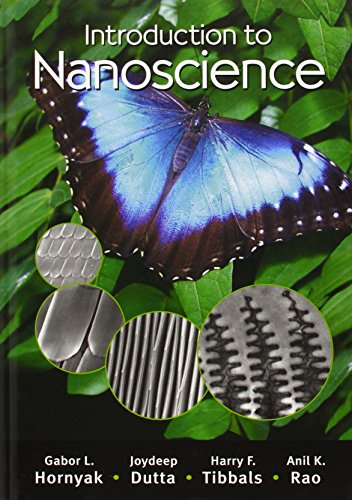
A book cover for Introduction to Nanoscience; Gabor L. Hornyak; Science & Math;